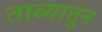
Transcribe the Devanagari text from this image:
ताब्यातुन